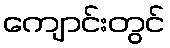
ကျောင်းတွင်